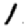
Digit: 1